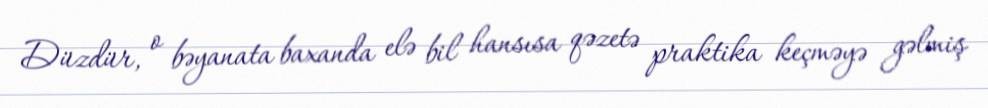
Düzdür, o bəyanata baxanda elə bil hansısa qəzetə praktika keçməyə gəlmiş